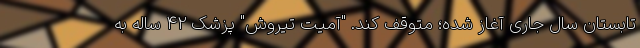
تابستان سال جاری آغاز شده؛ متوقف کند. "آمیت تیروش" پزشک 42 ساله به